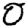
Digit: 0